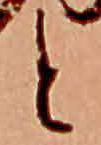
と